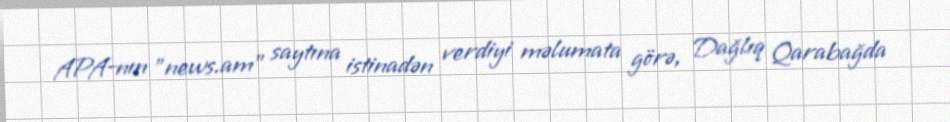
APA-nın "news.am" saytına istinadən verdiyi məlumata görə, Dağlıq Qarabağda